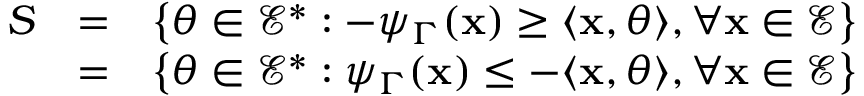
\begin{array} { r l r } { S } & { = } & { \displaystyle \left\{ \theta \in \mathcal { E } ^ { * } : - \psi _ { \Gamma } ( \mathbf { x } ) \geq \langle \mathbf { x } , \theta \rangle , \forall \mathbf { x } \in \mathcal { E } \right\} } \\ & { = } & { \displaystyle \left\{ \theta \in \mathcal { E } ^ { * } : \psi _ { \Gamma } ( \mathbf { x } ) \leq - \langle \mathbf { x } , \theta \rangle , \forall \mathbf { x } \in \mathcal { E } \right\} } \end{array}